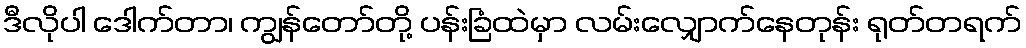
ဒီလိုပါ ဒေါက်တာ၊ ကျွန်တော်တို့ ပန်းခြံထဲမှာ လမ်းလျှောက်နေတုန်း ရုတ်တရက်